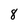
Character: 8